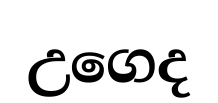
උගෙද